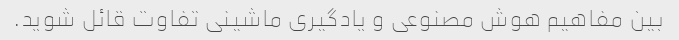
بین مفاهیم هوش مصنوعی و یادگیری ماشینی تفاوت قائل شوید.